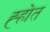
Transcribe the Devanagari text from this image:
ह्होत